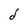
Character: d